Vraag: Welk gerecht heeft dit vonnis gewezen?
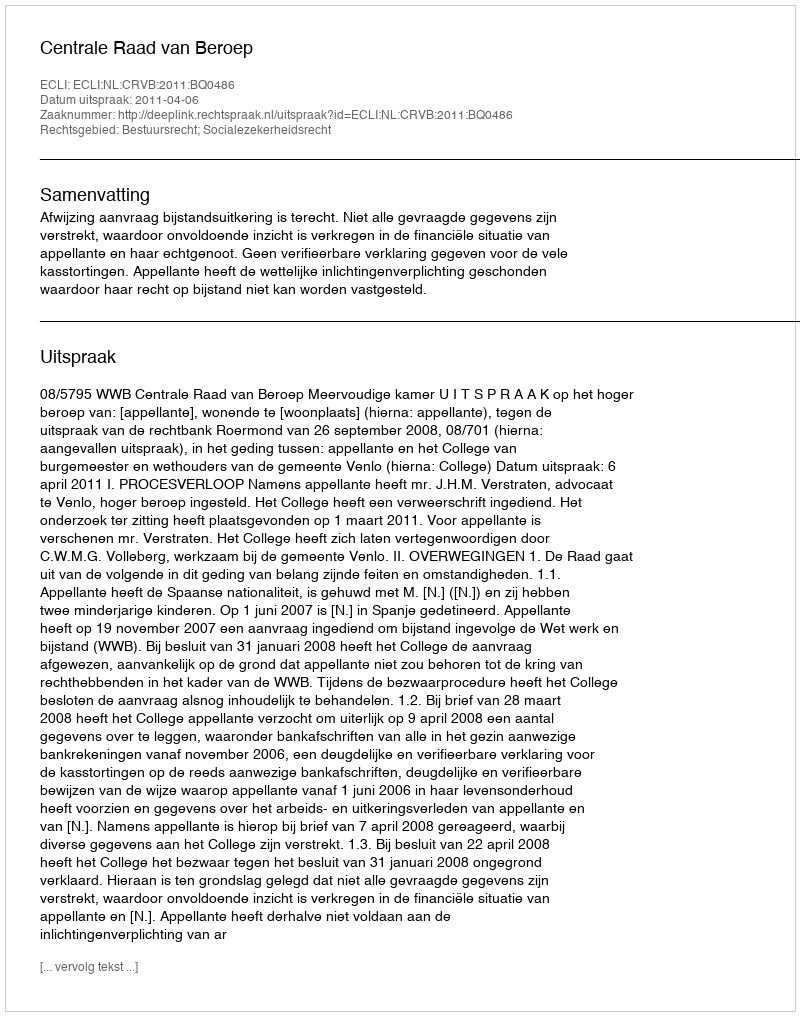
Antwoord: Centrale Raad van Beroep